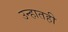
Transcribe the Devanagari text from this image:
उन्हातही